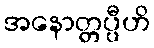
အနောတ္တပ္ပီဟိ